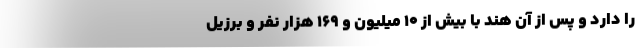
را دارد و پس از آن هند با بیش از 10 میلیون و 169 هزار نفر و برزیل